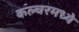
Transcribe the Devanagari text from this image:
कल्चरमध्ये